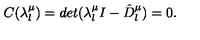
C ( \lambda _ { l } ^ { \mu } ) = d e t ( \lambda _ { l } ^ { \mu } I - \hat { D } _ { l } ^ { \mu } ) = 0 .